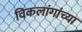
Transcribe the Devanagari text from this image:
विकलांगांच्या